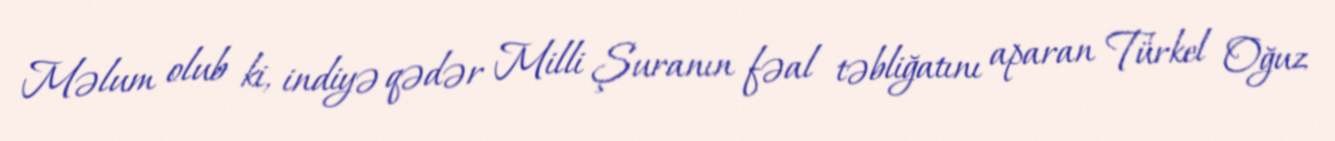
Məlum olub ki, indiyə qədər Milli Şuranın fəal təbliğatını aparan Türkel Oğuz